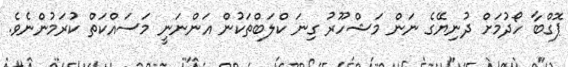
ޕޮގްބާ ހޯދުމަށް ދުނިޔޭގެ ނަން މަޝްހޫރު ގިނަ ކްލަބްތަކުން އަންނަނީ މަސައްކަތް ކުރަމުންނެވެ.